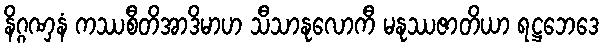
နိဂ္ဂဏှနံ ကဿစီတိအာဒိမာဟ သီသာနုလောကီ မနုဿဇာတိယာ ရဋ္ဌဘေဒေ